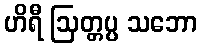
ဟိရီ ဩတ္တပ္ပ သဘော